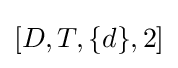
[D,T,\{d\},2]